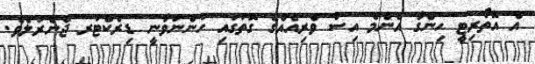
އެ އޮތޯރިޓީ ހިންގާ އެންމެ އިސް ވެރިއެއްގެ ގޮތުގައި ހުންނަވާނީ ޑިރެކްޓަރ ޖެނެރަލެވެ.